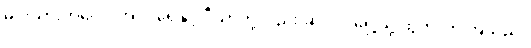
မင်းသားကလေး အင်ဒရေနှင့် ပီယာတို့လည်း ဆင်ဝင်ရှေ့သို့ ထွက်လာကြသည်။